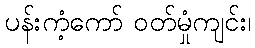
ပန်းကံ့ကော် ဝတ်မှုံကျင်း၊